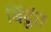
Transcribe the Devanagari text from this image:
बिंदूंत